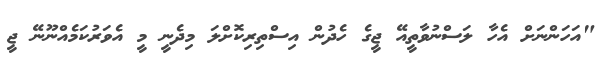
"އަހަންނަށް އެހާ ލަސްނުވާތީއޭ ޖީގެ ހެދުން އިސްތިރިކޮށްލަ މިދެނީ މީ އެވަރުކަމެއްނޫނޭ ޖީ